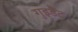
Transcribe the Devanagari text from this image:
गुइडैंट